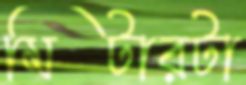
মিটারটা